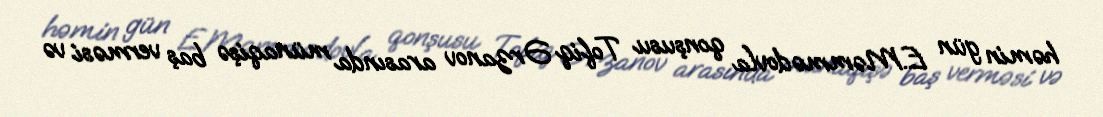
həmin gün E.Məmmədovla qonşusu Tofiq Ərzanov arasında münaqişə baş verməsi və